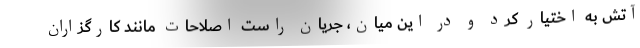
آتش به اختیار کرد و در این میان، جریان راست اصلاحات مانند کارگزاران